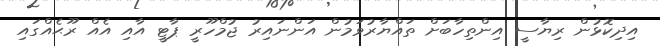
އިދިކޮޅުން ރިޔާސީ އިންތިހާބަށް ތައްޔާރުވަމުން އަންނައިރު ޖުމްހޫރީ ޕާޓީ އާއި އެއް ރޫޙެއްގައި